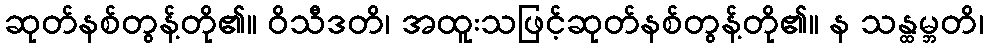
ဆုတ်နစ်တွန့်တို၏။ ဝိသီဒတိ၊ အထူးသဖြင့်ဆုတ်နစ်တွန့်တို၏။ န သန္ထမ္ဘတိ၊